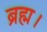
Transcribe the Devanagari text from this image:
ब्रह्म।